Annual report on the working of the mental hospitals in the Madras Presidency - 1912-1932
Year: 1912
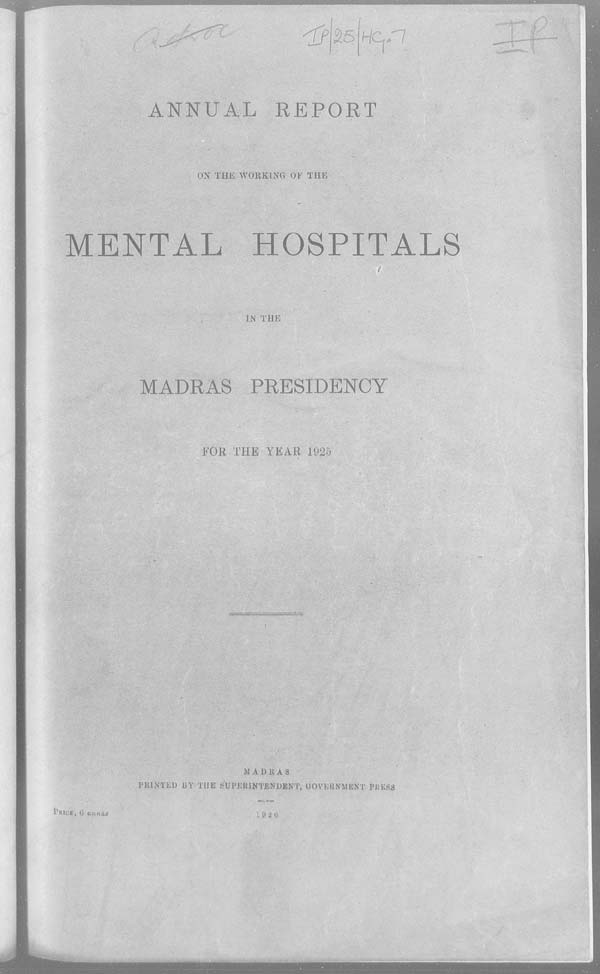
ANNUAL REPORT
ON THE WORKING OF THE
MENTAL HOSPITALS
MADRAS PRESIDENCY
FOR THE YEAR 1925
MADRAS
PRINTED BY THE SUPERINTENDENT, GOVERNMENT PRESS
PRICE
,
6
annas
1926